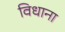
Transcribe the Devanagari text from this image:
विधाना